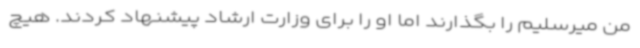
من میرسلیم را بگذارند اما او را برای وزارت ارشاد پیشنهاد کردند. هیچ